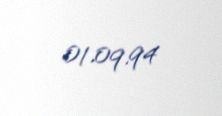
01.09.94